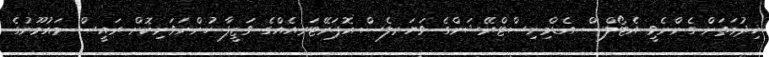
ޚިދުމަތަށް ގެންނެވީ އެޓޯލްސް އެޑްމިނިސްޓްރޭޝަންގެ ވަޔަރލެސް އޮޕަރޭޓަރއެއްގެ ވަޒީފާ ހުންނަވަނިކޮށް ރައީސް މައުމޫނުގެ